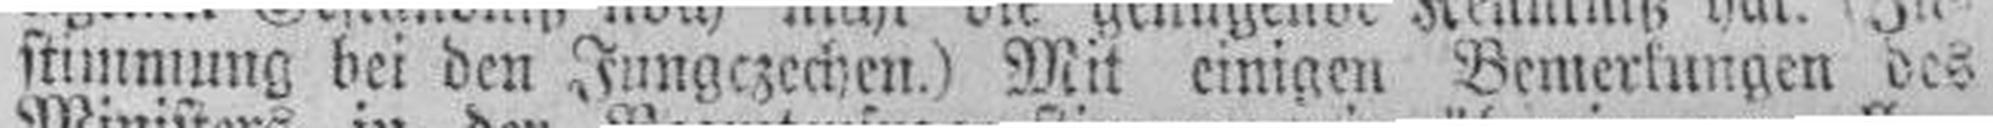
stimmung bei den Jungezechen.) Mit einigen Bemerlungen des